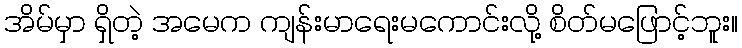
အိမ်မှာ ရှိတဲ့ အမေက ကျန်းမာရေးမကောင်းလို့ စိတ်မဖြောင့်ဘူး။